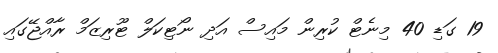
19 ގަޑި 40 މިނެޓް ކުރިން މައިސް އަދި ނޯޓިކަލް ޓޫރިޒަމް ރާއްޖޭގައި